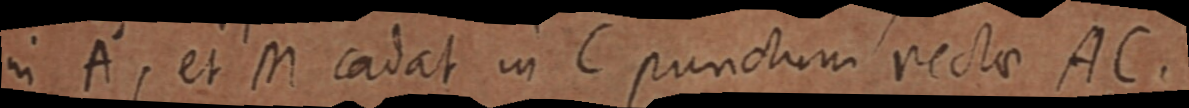
in fi, et in cadat in C punctum rectae ACa